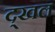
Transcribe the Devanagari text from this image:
द्खल